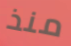
منذ